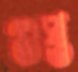
গুপ্ত